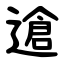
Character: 䢢